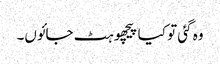
وہ گئی تو کیا پیچھو ہٹ جائوں۔